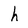
Character: h